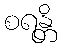
စရန္တိ